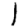
Digit: 1